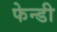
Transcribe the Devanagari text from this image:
फेन्डी